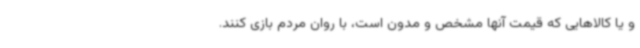
و یا کالاهایی که قیمت آنها مشخص و مدون است، با روان مردم بازی کنند.